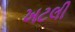
ખટલી